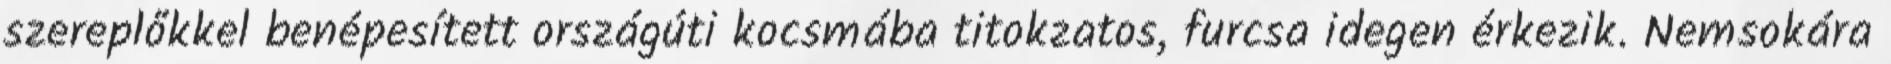
szereplőkkel benépesített országúti kocsmába titokzatos, furcsa idegen érkezik. Nemsokára